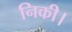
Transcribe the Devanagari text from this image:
निकी।